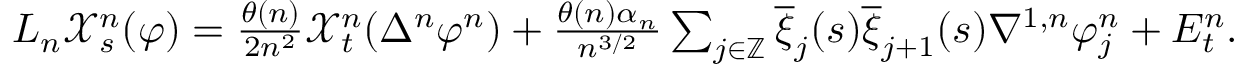
\begin{array} { r } { L _ { n } \mathcal { X } _ { s } ^ { n } ( \varphi ) = \frac { \theta ( n ) } { 2 n ^ { 2 } } \mathcal { X } _ { t } ^ { n } ( \Delta ^ { n } \varphi ^ { n } ) + \frac { \theta ( n ) \alpha _ { n } } { n ^ { 3 / 2 } } \sum _ { j \in \mathbb { Z } } \overline { { \xi } } _ { j } ( s ) \overline { { \xi } } _ { j + 1 } ( s ) \nabla ^ { 1 , n } \varphi _ { j } ^ { n } + E _ { t } ^ { n } . } \end{array}